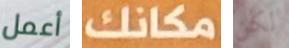
أعمل مكانك لكن